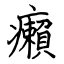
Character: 癩